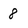
Character: 8